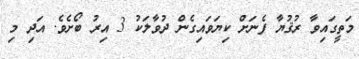
މަތީގައިވާ ރުޤުޔާ ފެނަށް ކިޔަވައިގެން ދުވާލަކު 3 އިރު ބޯށެވެ. އަދި މި